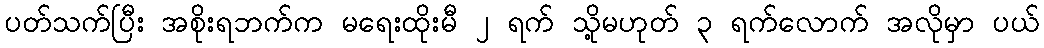
ပတ်သက်ပြီး အစိုးရဘက်က မရေးထိုးမီ ၂ ရက် သို့မဟုတ် ၃ ရက်လောက် အလိုမှာ ပယ်